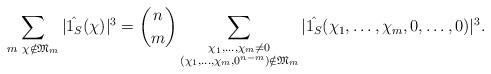
LaTeX: \begin{align*} \sum_{m~\chi\notin \mathfrak{M}_m} |\hat{1_S}(\chi)|^3 = \binom{n}{m} \sum_{\substack{\chi_1,\dots,\chi_m\neq 0\\ (\chi_1,\dots,\chi_m,0^{n-m})\notin \mathfrak{M}_m}} |\hat{1_S}(\chi_1,\dots,\chi_m,0,\dots,0)|^3.\end{align*}